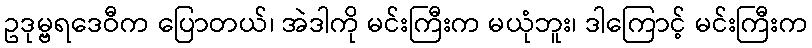
ဥဒုမ္ဗရဒေဝီက ပြောတယ်၊ အဲဒါကို မင်းကြီးက မယုံဘူး၊ ဒါကြောင့် မင်းကြီးက